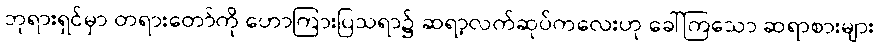
ဘုရားရှင်မှာ တရားတော်ကို ဟောကြားပြသရာ၌ ဆရာ့လက်ဆုပ်ကလေးဟု ခေါ်ကြသော ဆရာစားများ